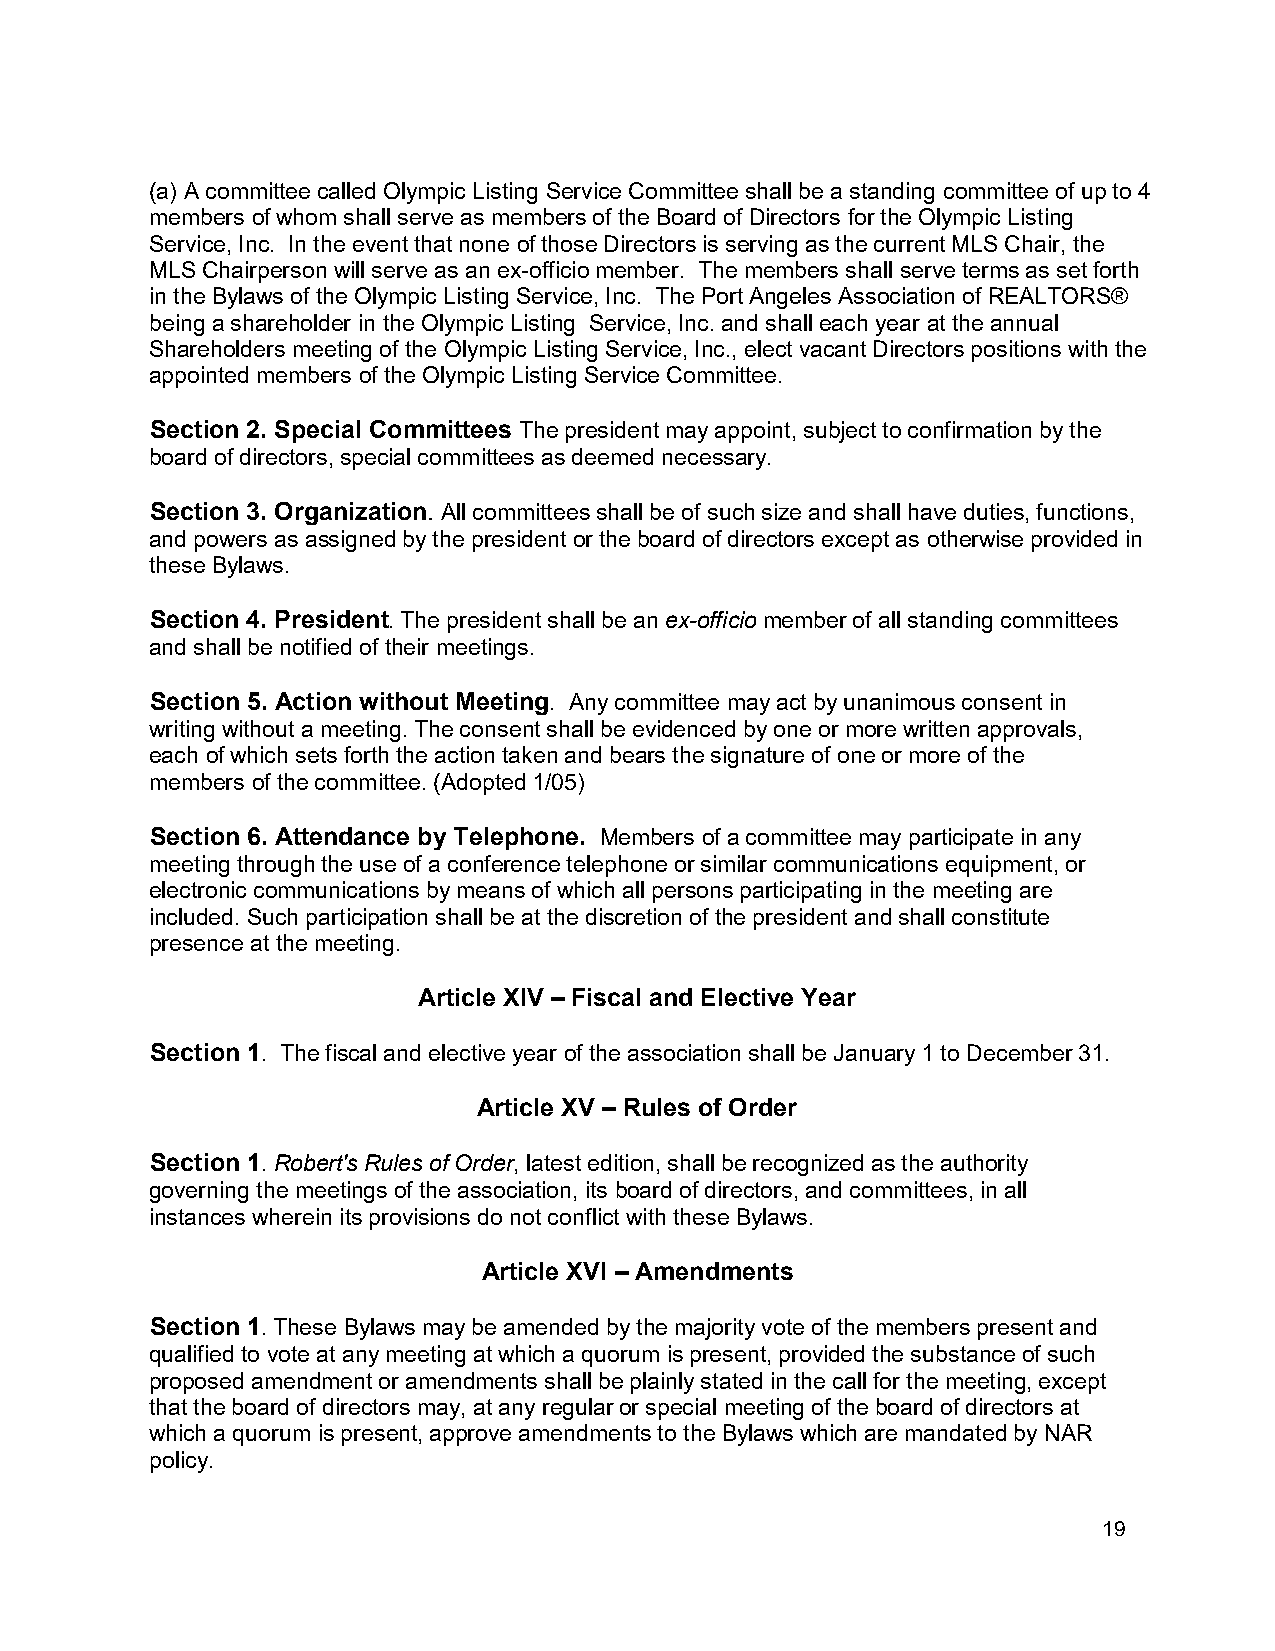
(a) A committee called Olympic Listing Service Committee shall be a standing committee of up to 4
 members of whom shall serve as members of the Board of Directors for the Olympic Listing
 Service, Inc. In the event that none of those Directors is serving as the current MLS Chair, the
 MLS Chairperson will serve as an ex-officio member. The members shall serve terms as set forth
 in the Bylaws of the Olympic Listing Service, Inc. The Port Angeles Association of REALTORS®
 being a shareholder in the Olympic Listing Service, Inc. and shall each year at the annual
 Shareholders meeting of the Olympic Listing Service, Inc., elect vacant Directors positions with the
 appointed members of the Olympic Listing Service Committee.
 Section 2. Special Committees The president may appoint, subject to confirmation by the
 board of directors, special committees as deemed necessary.
 Section 3. Organization. All committees shall be of such size and shall have duties, functions,
 and powers as assigned by the president or the board of directors except as otherwise provided in
 these Bylaws.
 Section 4. President. The president shall be an ex-officio member of all standing committees
 and shall be notified of their meetings.
 Section 5. Action without Meeting. Any committee may act by unanimous consent in
 writing without a meeting. The consent shall be evidenced by one or more written approvals,
 each of which sets forth the action taken and bears the signature of one or more of the
 members of the committee. (Adopted 1/05)
 Section 6. Attendance by Telephone. Members of a committee may participate in any
 meeting through the use of a conference telephone or similar communications equipment, or
 electronic communications by means of which all persons participating in the meeting are
 included. Such participation shall be at the discretion of the president and shall constitute
 presence at the meeting.
 Article XIV – Fiscal and Elective Year
 Section 1. The fiscal and elective year of the association shall be January 1 to December 31.
 Article XV – Rules of Order
 Section 1. Robert's Rules of Order, latest edition, shall be recognized as the authority
 governing the meetings of the association, its board of directors, and committees, in all
 instances wherein its provisions do not conflict with these Bylaws.
 Article XVI – Amendments
 Section 1. These Bylaws may be amended by the majority vote of the members present and
 qualified to vote at any meeting at which a quorum is present, provided the substance of such
 proposed amendment or amendments shall be plainly stated in the call for the meeting, except
 that the board of directors may, at any regular or special meeting of the board of directors at
 which a quorum is present, approve amendments to the Bylaws which are mandated by NAR
 policy.
 19